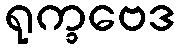
ရုက္ခဗေဒ